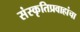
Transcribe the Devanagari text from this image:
संस्कृतिप्रवाहांचा